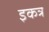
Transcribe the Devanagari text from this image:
इकत्र